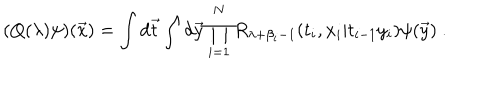
LaTeX: ( Q ( \lambda ) \psi ) ( { \vec { x } } ) = \int d { \vec { t } } \int d { \vec { y } } \prod _ { i = 1 } ^ { N } R _ { \lambda + \beta _ { i } - 1 } ( t _ { i } , x _ { i } | t _ { i - 1 } y _ { i } ) \psi ( { \vec { y } } ) ~ .